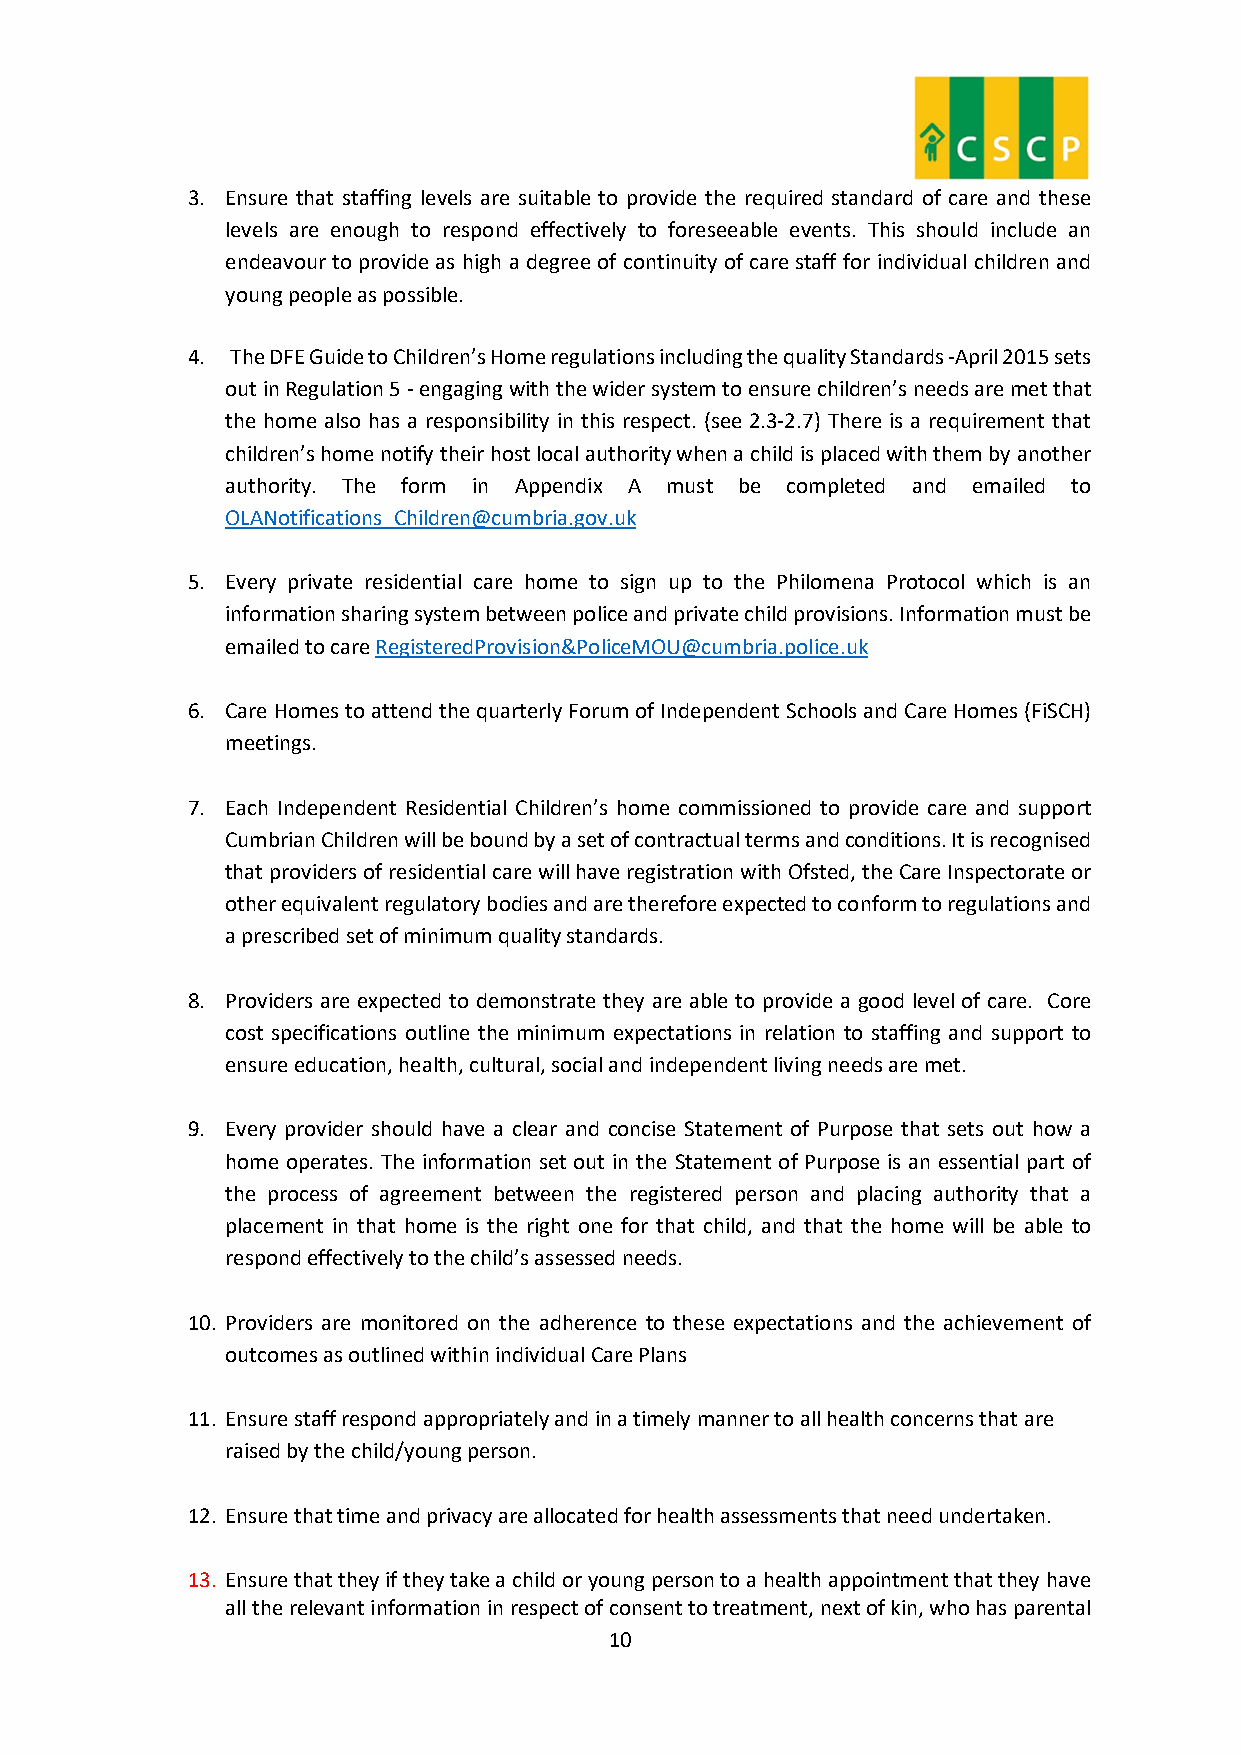
3. Ensure that staffing levels are suitable to provide the required standard of care and these
 levels are enough to respond effectively to foreseeable events. This should include an
 endeavour to provide as high a degree of continuity of care staff for individual children and
 young people as possible.
 4. The DFE Guide to Children’s Home regulations including the quality Standards -April 2015 sets
 out in Regulation 5 - engaging with the wider system to ensure children’s needs are met that
 the home also has a responsibility in this respect. (see 2.3-2.7) There is a requirement that
 children’s home notify their host local authority when a child is placed with them by another
 authority. The form in Appendix A must be completed and emailed to
 OLANotifications_Children@cumbria.gov.uk
 5. Every private residential care home to sign up to the Philomena Protocol which is an
 information sharing system between police and private child provisions. Information must be
 emailed to care RegisteredProvision&PoliceMOU@cumbria.police.uk
 6. Care Homes to attend the quarterly Forum of Independent Schools and Care Homes (FiSCH)
 meetings.
 7. Each Independent Residential Children’s home commissioned to provide care and support
 Cumbrian Children will be bound by a set of contractual terms and conditions. It is recognised
 that providers of residential care will have registration with Ofsted, the Care Inspectorate or
 other equivalent regulatory bodies and are therefore expected to conform to regulations and
 a prescribed set of minimum quality standards.
 8. Providers are expected to demonstrate they are able to provide a good level of care. Core
 cost specifications outline the minimum expectations in relation to staffing and support to
 ensure education, health, cultural, social and independent living needs are met.
 9. Every provider should have a clear and concise Statement of Purpose that sets out how a
 home operates. The information set out in the Statement of Purpose is an essential part of
 the process of agreement between the registered person and placing authority that a
 placement in that home is the right one for that child, and that the home will be able to
 respond effectively to the child’s assessed needs.
 10. Providers are monitored on the adherence to these expectations and the achievement of
 outcomes as outlined within individual Care Plans
 11. Ensure staff respond appropriately and in a timely manner to all health concerns that are
 raised by the child/young person.
 12. Ensure that time and privacy are allocated for health assessments that need undertaken.
 13. Ensure that they if they take a child or young person to a health appointment that they have
 all the relevant information in respect of consent to treatment, next of kin, who has parental
 10